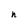
Character: h